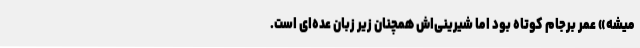
میشه» عمر برجام کوتاه بود اما شیرینی‌اش همچنان زیر زبان عده‌ای است.